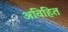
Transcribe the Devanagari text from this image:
अविहित